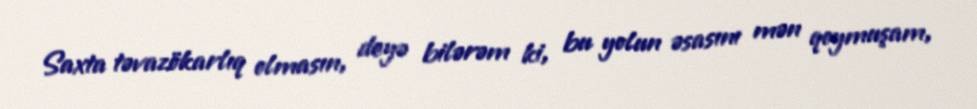
Saxta təvazökarlıq olmasın, deyə bilərəm ki, bu yolun əsasını mən qoymuşam,